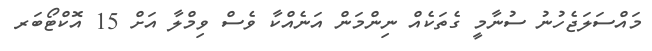
މައްސަލަޖެހުނު ސުނާމީ ގެތަކެއް ނިންމަން އަނެއްކާ ވެސް ވިމްލާ އަށް 15 އޮކްޓޯބަރ